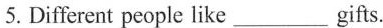
5.Different people like ___ gifts.